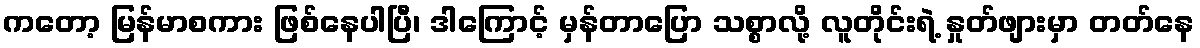
ကတော့ မြန်မာစကား ဖြစ်နေပါပြီ၊ ဒါကြောင့် မှန်တာပြော သစ္စာလို့ လူတိုင်းရဲ့ နှုတ်ဖျားမှာ တတ်နေ